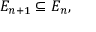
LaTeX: E _ { n + 1 } \subseteq E _ { n } ,